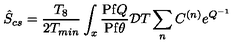
\hat { S } _ { c s } = \frac { T _ { 8 } } { 2 T _ { m i n } } \int _ { x } \frac { \mathrm { P f } Q } { \mathrm { P f } \theta } { \mathcal { D } } T \sum _ { n } C ^ { ( n ) } e ^ { Q ^ { - 1 } }